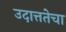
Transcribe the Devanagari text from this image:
उदात्ततेचा